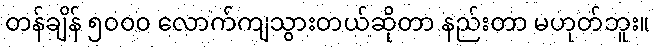
တန်ချိန် ၅၀၀၀ လောက်ကျသွားတယ်ဆိုတာ နည်းတာ မဟုတ်ဘူး။